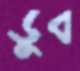
ডুব